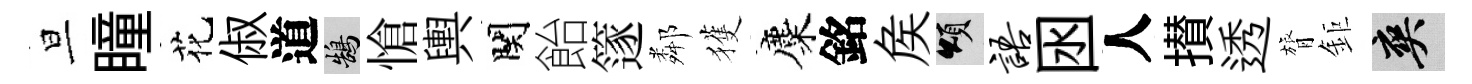
旦瞳花俶道鵠愴輿関飴篴鄰獲麋銘矦頌语囦人攅透膂鉅爽